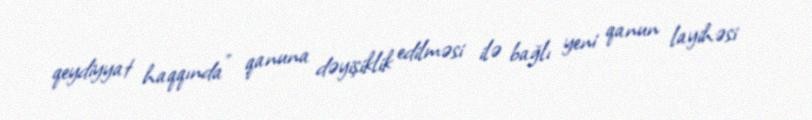
qeydiyyat haqqında" qanuna dəyişiklik edilməsi ilə bağlı yeni qanun layihəsi